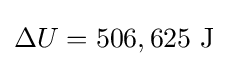
\Delta U=506,625{\text{ J}}